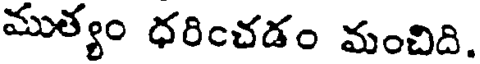
ముత్యం ధరించడం మంచిది.